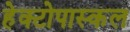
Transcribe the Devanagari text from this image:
हेक्टोपास्कल